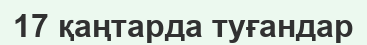
17 қаңтарда туғандар